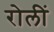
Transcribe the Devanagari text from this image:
रोलीं